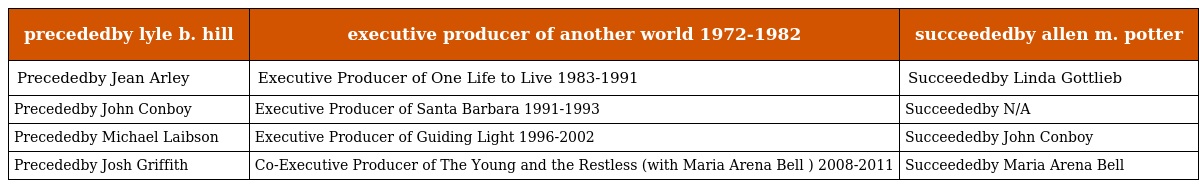
| precededby lyle b. hill | executive producer of another world 1972-1982 | succeededby allen m. potter |
 | --- | --- | --- |
 | Precededby Jean Arley | Executive Producer of One Life to Live 1983-1991 | Succeededby Linda Gottlieb |
 | Precededby John Conboy | Executive Producer of Santa Barbara 1991-1993 | Succeededby N/A |
 | Precededby Michael Laibson | Executive Producer of Guiding Light 1996-2002 | Succeededby John Conboy |
 | Precededby Josh Griffith | Co-Executive Producer of The Young and the Restless (with Maria Arena Bell ) 2008-2011 | Succeededby Maria Arena Bell |